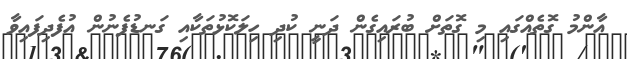
އާންމު ގޮތެއްގައި މި ގޮތަށް ބުރައިގެން ދަނީ ކުދި ހިލަކޮޅުތަކާއި ގަނޑުފެނުން އުފެދިފައިވާ